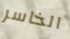
الخاسر